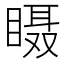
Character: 𱳅